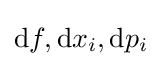
\mathrm {d} f,\mathrm {d} x_{i},\mathrm {d} p_{i}